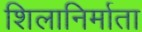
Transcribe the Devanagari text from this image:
शिलानिर्माता